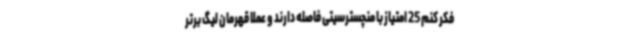
فکر کنم 25 امتیاز با منچسترسیتی فاصله دارند و عملا قهرمان لیگ برتر